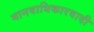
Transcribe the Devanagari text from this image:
मानवाधिकारवादी